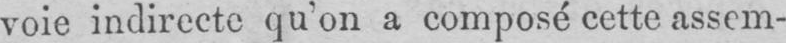
voie indirecte qu’on a composé cette assem-